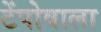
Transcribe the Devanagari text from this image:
टेंपोवाला